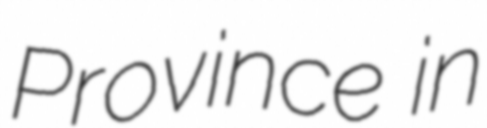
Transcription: Province in